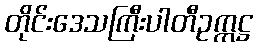
တိုင်းဒေသကြီးပါတီဥက္ကဋ္ဌ